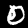
Digit: 0